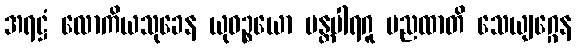
အရဋ္ဌံ လောကိယသုခေန ယုဓဉ္စယော မန္တပါရဂူ မညထာတိ သေယျဂ္ဂေန